Vaccination United Provinces of Agra and Oudh 1914-1922 - 1914-1922
Year: 1914
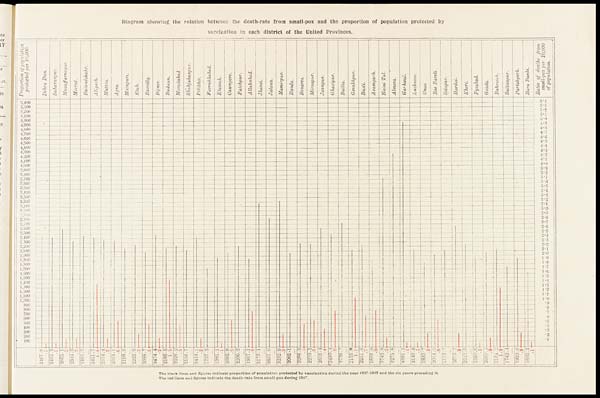
Diagram showing the relation between the death-rate from small-pox and the proportion of population protected by
vaccination in each district of the United Provinces.
The black lines and figures indicate proportion of population protected by vaccination during the year 1917-1918 and the six years preceding it.
The red lines and figures indicate the death-rate from small-pox during 1917.